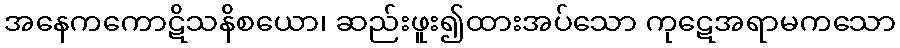
အနေကကောဋိသနိစယော၊ ဆည်းဖူး၍ထားအပ်သော ကုဋေအရာမကသော